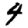
Digit: 4